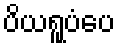
ပိယရူပံပေ